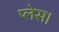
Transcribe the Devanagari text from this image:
प्‍लेस।